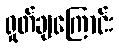
ရှုတ်ချကြောင်း